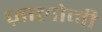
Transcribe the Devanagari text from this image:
ज़ालोनी